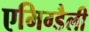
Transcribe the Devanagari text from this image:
एमिग्डैली